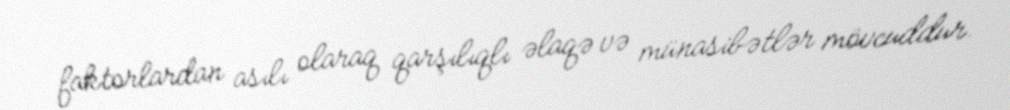
faktorlardan asılı olaraq qarşılıqlı əlaqə və münasibətlər mövcuddur.